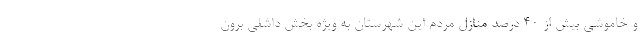
و خاموشی بیش از ۴۰ درصد منازل مردم این شهرستان به ویژه بخش داشلی برون